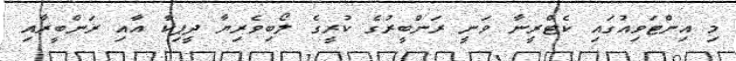
މި އިންޓަވިއުގައި ކެޓްރީނާ ވަނީ ރަންބީރުގެ ކުރީގެ ލޯބިވެރިޔާ ދީޕިކާ އާއި ރަންބީރާއި